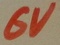
Text: 6V